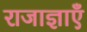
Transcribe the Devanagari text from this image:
राजाज्ञाएँ